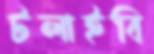
টলাইবি